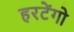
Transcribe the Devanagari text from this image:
हरटेंगो